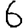
Digit: 6